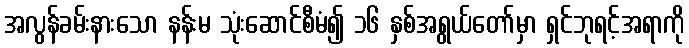
အလွန်ခမ်းနားသော နန်းမ သုံးဆောင်စီမံ၍ ၁၆ နှစ်အရွယ်တော်မှာ ရှင်ဘုရင့်အရာကို